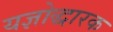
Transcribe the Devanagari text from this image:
यज्ञोद्धारक